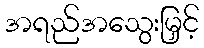
အရည်အသွေးမြှင့်